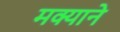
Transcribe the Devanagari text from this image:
मक्याने